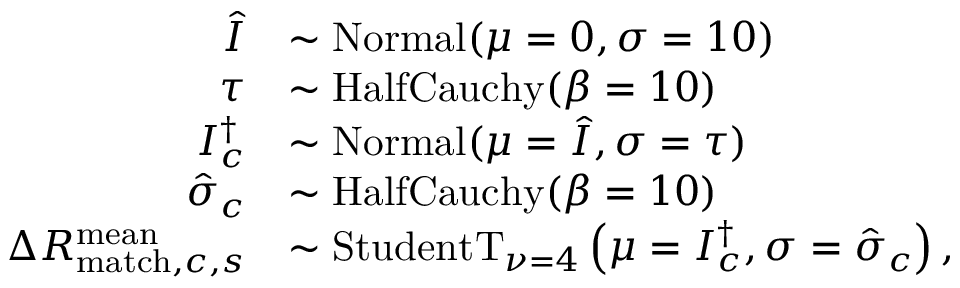
\begin{array} { r l } { \hat { I } } & { \sim \mathrm { N o r m a l } ( \mu = 0 , \sigma = 1 0 ) } \\ { \tau } & { \sim \mathrm { H a l f C a u c h y } ( \beta = 1 0 ) } \\ { I _ { c } ^ { \dagger } } & { \sim \mathrm { N o r m a l } ( \mu = \hat { I } , \sigma = \tau ) } \\ { \hat { \sigma } _ { c } } & { \sim \mathrm { H a l f C a u c h y } ( \beta = 1 0 ) } \\ { \Delta R _ { \mathrm { m a t c h } , c , s } ^ { \mathrm { m e a n } } } & { \sim \mathrm { S t u d e n t T } _ { \nu = 4 } \left( \mu = I _ { c } ^ { \dagger } , \sigma = \hat { \sigma } _ { c } \right) , } \end{array}